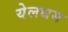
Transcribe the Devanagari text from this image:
येलधम